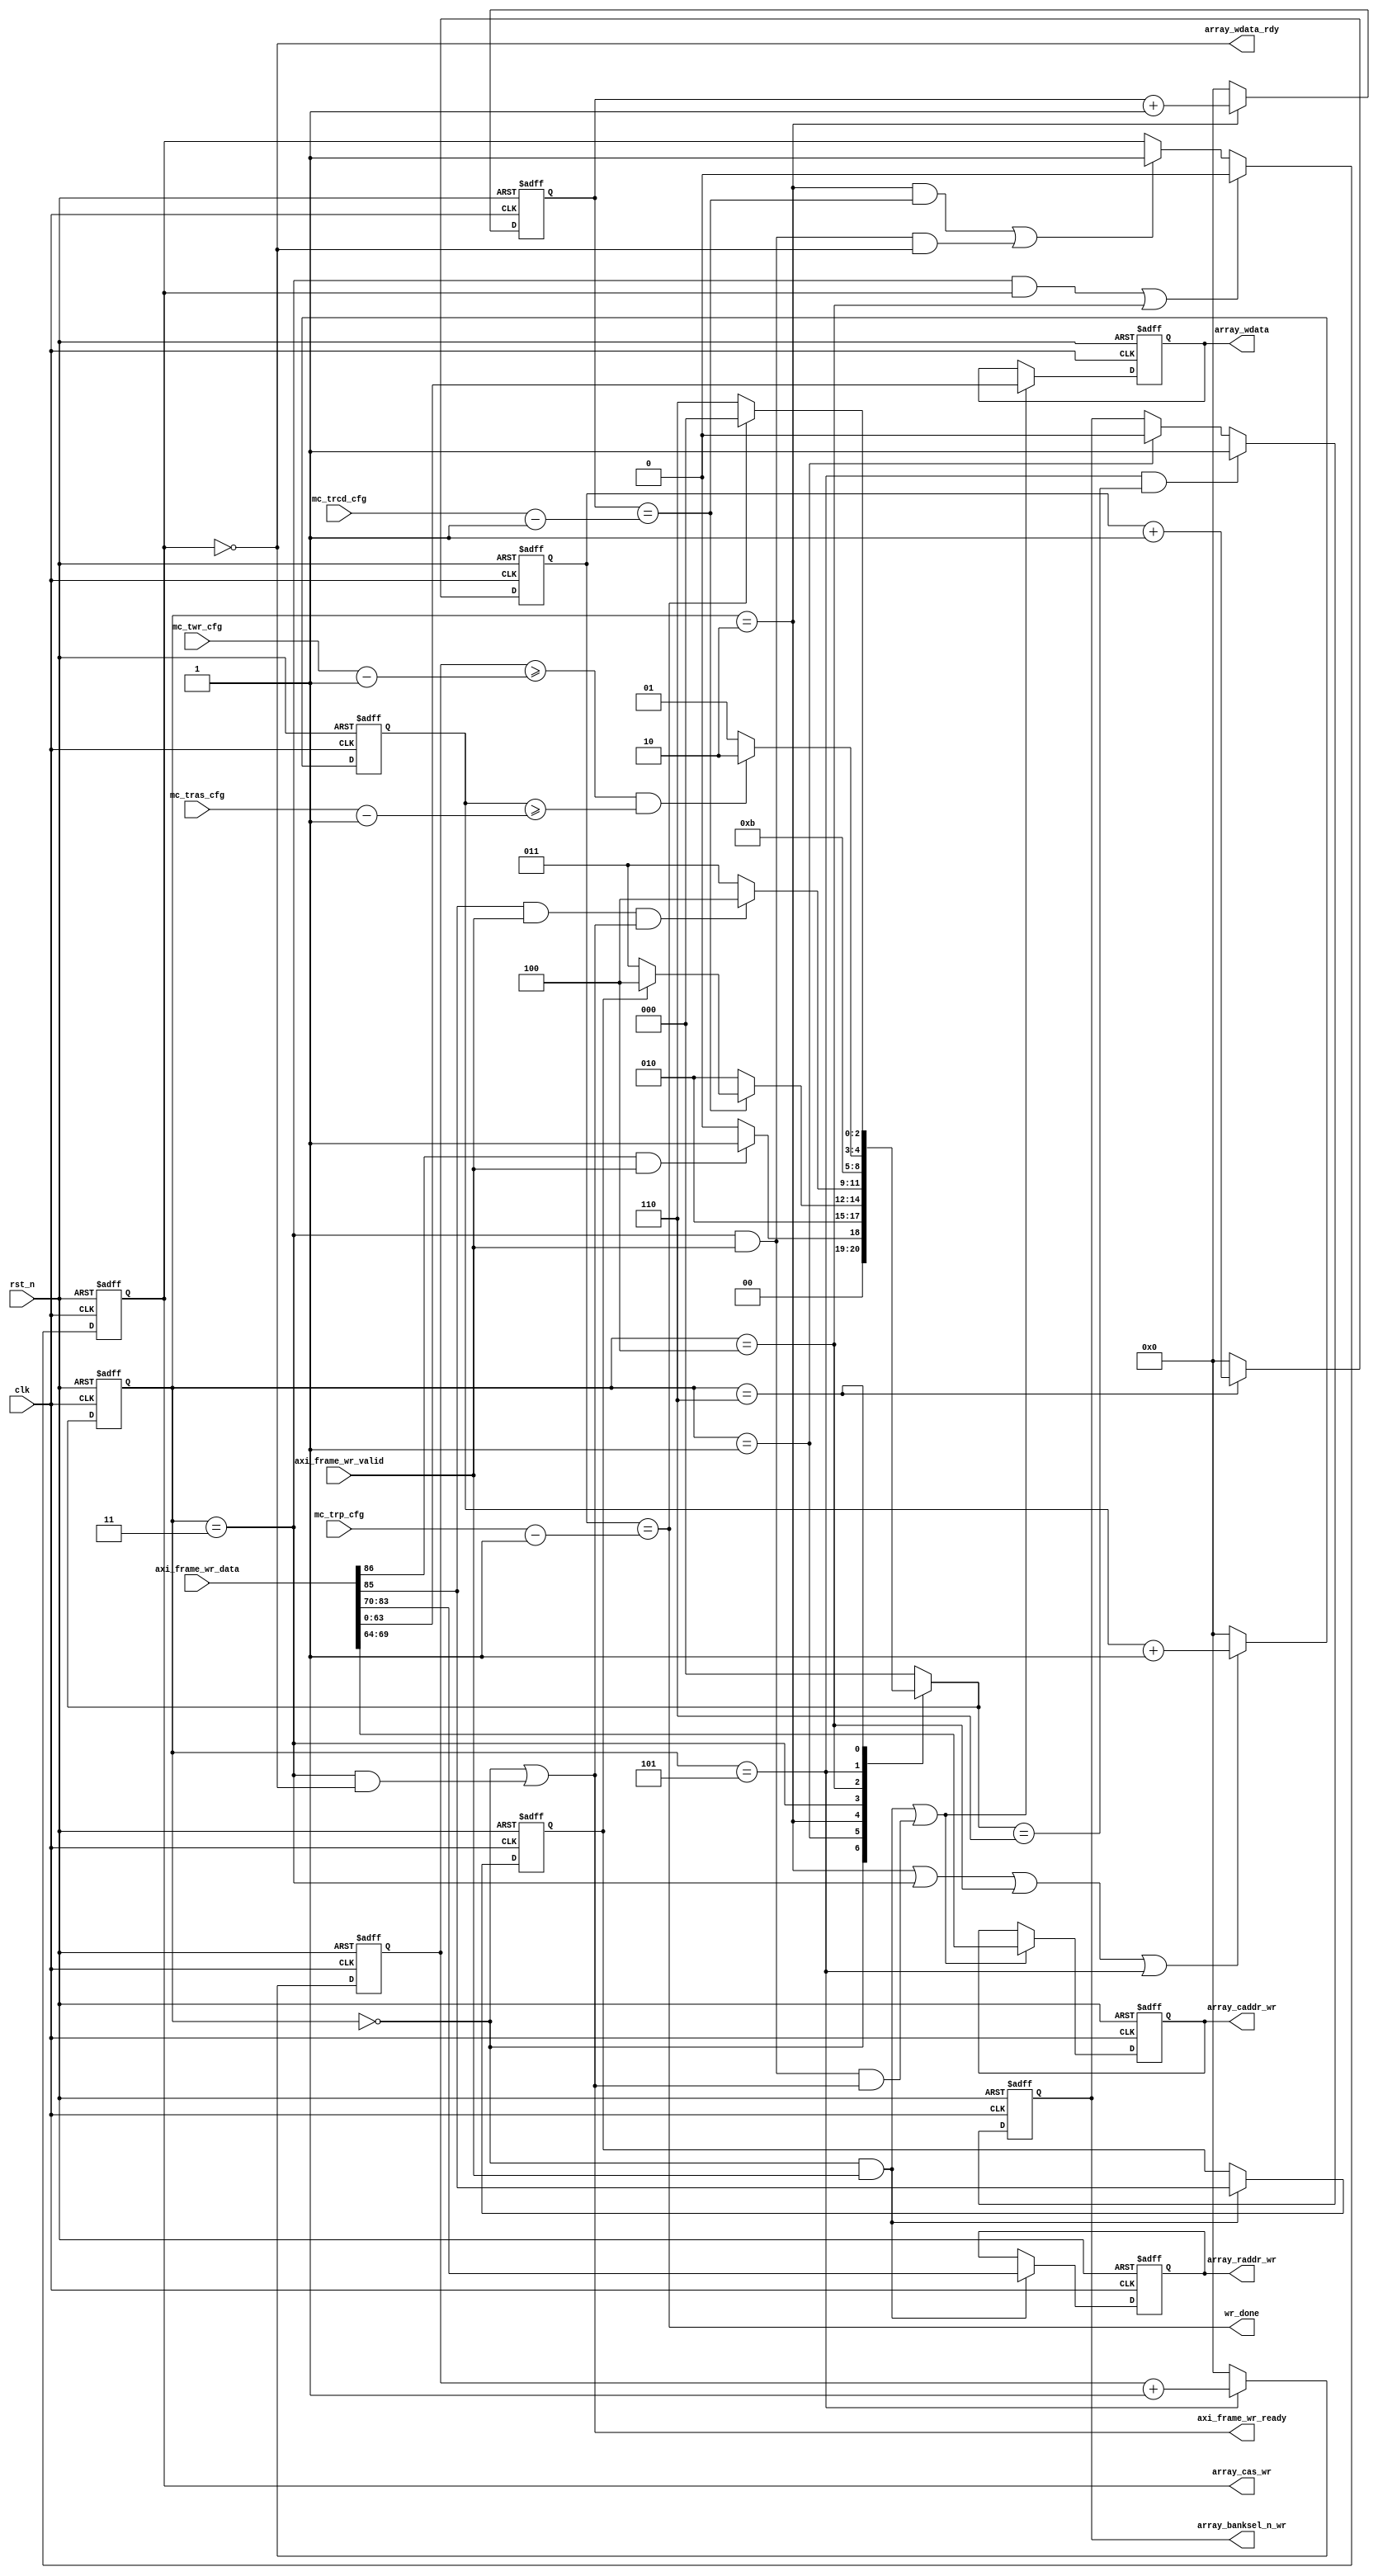
module array_wr_ctrl #(
    parameter AXI_ADDR_WIDTH  = 20                                 ,
    parameter AXI_DATA_WIDTH  = 64                                 ,
    parameter AXI_FRAME_WIDTH = AXI_ADDR_WIDTH + AXI_DATA_WIDTH + 3,
    parameter AXI_RADDR_WIDTH = 14                                 ,
    parameter AXI_CADDR_WIDTH = AXI_ADDR_WIDTH - AXI_RADDR_WIDTH
)(
    //global signal
    input                            clk               ,
    input                            rst_n             ,
    //mc_apb_cfg
    input      [7:0]                 mc_tras_cfg       ,
    input      [7:0]                 mc_trp_cfg        ,
    input      [7:0]                 mc_trcd_cfg       ,
    input      [7:0]                 mc_twr_cfg        ,
    //fsm_ctrl 
    input      [AXI_FRAME_WIDTH-1:0] axi_frame_wr_data ,
    input                            axi_frame_wr_valid,
    output                           axi_frame_wr_ready,
    output                           wr_done           ,
    //array_if_sel
    output reg                       array_banksel_n_wr,
    output reg [AXI_RADDR_WIDTH-1:0] array_raddr_wr    ,
    output reg                       array_cas_wr      ,
    output reg [AXI_CADDR_WIDTH-1:0] array_caddr_wr    ,
    output                           array_wdata_rdy   ,
    output reg [AXI_DATA_WIDTH-1:0]  array_wdata       
);

parameter IDLE  = 3'd0, UP_RADDR = 3'd1, W_TRCD = 3'd2, WDATA = 3'd3,
          WLAST = 3'd4, W_TWR    = 3'd5, W_TRP  = 3'd6;

reg [2:0] fsm_cs          ;
reg [2:0] fsm_ns          ;
reg       single_data_flag;

//fsm_ctrl signal
wire      sof             ;
wire      eof             ;

//mc_apb_cfg cnt signal
reg [7:0] trcd_cnt        ;
reg [7:0] tras_cnt        ;
reg [7:0] twr_cnt         ;
reg [7:0] trp_cnt         ;

//axi_frame_wr_data preprocess
assign sof                = axi_frame_wr_data[AXI_FRAME_WIDTH-1];
assign eof                = axi_frame_wr_data[AXI_FRAME_WIDTH-2];
assign axi_frame_wr_ready = fsm_cs==IDLE || (fsm_cs==WDATA && ~array_cas_wr); 

//fsm logic
always@(posedge clk or negedge rst_n) begin
if(!rst_n)
    fsm_cs <= IDLE  ;
else
    fsm_cs <= fsm_ns;
end

always@(posedge clk or negedge rst_n) begin
if(!rst_n)
    single_data_flag <= 1'b0;
else if(fsm_cs==IDLE && axi_frame_wr_valid)
    single_data_flag <= eof;
end

always@(*) begin
case(fsm_cs)
    IDLE: begin
        if(sof && axi_frame_wr_valid)
            fsm_ns = UP_RADDR;
        else
            fsm_ns = IDLE    ;
    end
    UP_RADDR:
        fsm_ns = W_TRCD;
    W_TRCD: begin
        if(trcd_cnt == mc_trcd_cfg-8'd1)
            fsm_ns = single_data_flag? WLAST:WDATA;
        else
            fsm_ns = W_TRCD;
    end        
    WDATA: begin
        if(eof && axi_frame_wr_valid && axi_frame_wr_ready)
            fsm_ns = WLAST;
        else
            fsm_ns = WDATA;
    end        
    WLAST:        
        fsm_ns = W_TWR;
    W_TWR: begin
        if(twr_cnt>=mc_twr_cfg-8'd1 && tras_cnt>=mc_tras_cfg-8'd1)
            fsm_ns = W_TRP;
        else
            fsm_ns = W_TWR;
    end        
    W_TRP: begin
        if(trp_cnt == mc_trp_cfg-8'd1)
            fsm_ns = IDLE;
        else 
            fsm_ns = W_TRP;
    end
    default: fsm_ns = IDLE;
endcase
end

//trcd twr trp cnt logic
always@(posedge clk or negedge rst_n) begin
if(!rst_n)
    trcd_cnt <= 8'd0;
else if(fsm_cs == W_TRCD)
    trcd_cnt <= trcd_cnt + 8'd1;
else
    trcd_cnt <= 8'd0;
end

always@(posedge clk or negedge rst_n) begin
if(!rst_n)
    tras_cnt <= 8'd0;
else if(fsm_cs==W_TRCD || fsm_cs==WDATA || fsm_cs==WLAST || fsm_cs== W_TWR)
    tras_cnt <= tras_cnt + 8'd1;
else
    tras_cnt <= 8'd0;
end

always@(posedge clk or negedge rst_n) begin
if(!rst_n)
    twr_cnt <= 8'd0;
else if(fsm_cs == W_TWR)
    twr_cnt <= twr_cnt + 8'd1;
else
    twr_cnt <= 8'd0;
end

always@(posedge clk or negedge rst_n) begin
if(!rst_n)
    trp_cnt <= 8'd0;
else if(fsm_cs == W_TRP)
    trp_cnt <= trp_cnt + 8'd1;
else 
    trp_cnt <= 8'd0;
end

//array output logic
always@(posedge clk or negedge rst_n) begin
if(!rst_n)
    array_banksel_n_wr <= 1'b1;    
else if(fsm_cs==W_TWR && fsm_ns==W_TRP) // the last clk of W_TWR
    array_banksel_n_wr <= 1'b1;
else if(fsm_cs == UP_RADDR) 
    array_banksel_n_wr <= 1'b0;
end

always@(posedge clk or negedge rst_n) begin
if(!rst_n)
    array_raddr_wr <= {AXI_RADDR_WIDTH{1'b0}};
else if(fsm_cs==IDLE && axi_frame_wr_valid) // axi_frame_wr_ready = 1 while IDLE
    array_raddr_wr <= axi_frame_wr_data[83:70];
end

always@(posedge clk or negedge rst_n) begin
if(!rst_n)
    array_caddr_wr <= {AXI_CADDR_WIDTH{1'b0}};
else if((fsm_cs==IDLE && axi_frame_wr_valid) || (fsm_cs==WDATA && axi_frame_wr_valid && axi_frame_wr_ready)) 
    array_caddr_wr <= axi_frame_wr_data[69:64];
end

always@(posedge clk or negedge rst_n) begin
if(!rst_n)
    array_wdata <= {AXI_DATA_WIDTH{1'b0}};
else if((fsm_cs==IDLE && axi_frame_wr_valid) || (fsm_cs==WDATA && axi_frame_wr_valid && axi_frame_wr_ready)) 
    array_wdata <= axi_frame_wr_data[63:0];
end

always@(posedge clk or negedge rst_n) begin
if(!rst_n)
    array_cas_wr <= 1'b0;
else if((fsm_cs==WDATA && array_cas_wr) || fsm_cs==WLAST)  
    array_cas_wr <= 1'b0;
else if((fsm_cs==W_TRCD && trcd_cnt==mc_trcd_cfg-8'd1) || (fsm_cs==WDATA && axi_frame_wr_valid && ~array_cas_wr))
    array_cas_wr <= 1'b1;
end

assign array_wdata_rdy = ~array_cas_wr; //wdata rdy

assign wr_done = trp_cnt==mc_trp_cfg-8'd1; //the last clk of W_TRP, array_wr_ctrl and fsm_ctrl jump to IDLE at the same time

endmodule